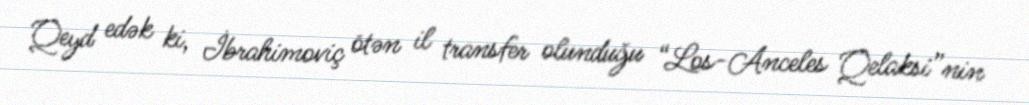
Qeyd edək ki, İbrahimoviç ötən il transfer olunduğu “Los-Anceles Qelaksi”nin